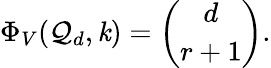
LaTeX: \Phi_{V}(\mathcal{Q}_{d},\mathit{k})={\binom{d}{r+1}}.